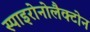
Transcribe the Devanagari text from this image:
स्पाइरोनोलैक्टोन